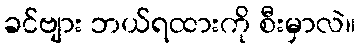
ခင်ဗျား ဘယ်ရထားကို စီးမှာလဲ။